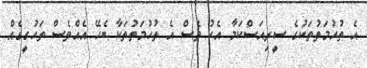
އެ ތުހުމަތުތަކުގެ ސީރިއަސްކަމާ އެކު ވެސް އެ ތުހުމަތުތަކާ ބެހޭ އެއްވެސް ތަހުގީގެއް